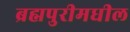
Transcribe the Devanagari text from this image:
ब्रह्मपुरीमधील